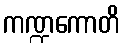
ကဏ္ဍကောတိ